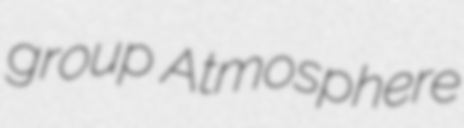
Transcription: group Atmosphere